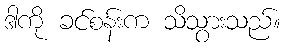
ဒါကို ခင်စန်းက သိသွားသည်။